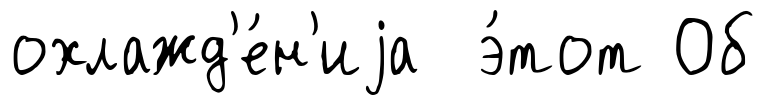
охлажд'е́н'иjа э́тот Об